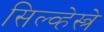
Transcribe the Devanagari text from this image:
सिल्व्हेस्त्रे